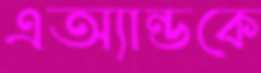
এঅ্যান্ডকে